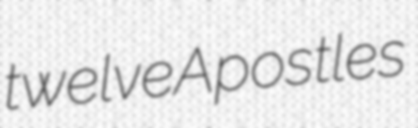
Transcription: twelve Apostles